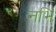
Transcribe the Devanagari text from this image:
नभि